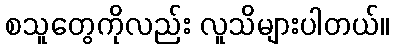
စသူတွေကိုလည်း လူသိများပါတယ်။